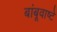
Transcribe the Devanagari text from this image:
बांबूवाष्टे